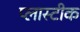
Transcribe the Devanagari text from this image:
प्लास्टीक